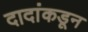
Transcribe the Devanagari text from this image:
दादांकडून